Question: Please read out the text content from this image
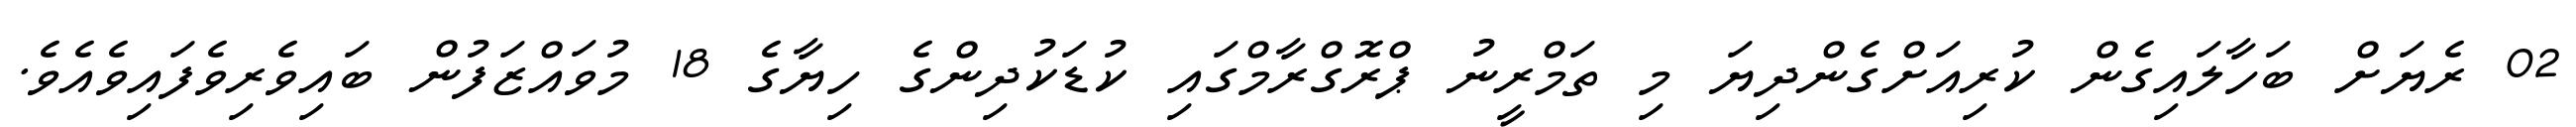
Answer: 02 ރެޔަށް ބަހާލައިގެން ކުރިއަށްގެންދިޔަ މި ތަމްރީނު ޕްރޮގްރާމްގައި ކުޑަކުދިންގެ ހިޔާގެ 18 މުވައްޒަފުން ބައިވެރިވެފައިވެއެވެ.